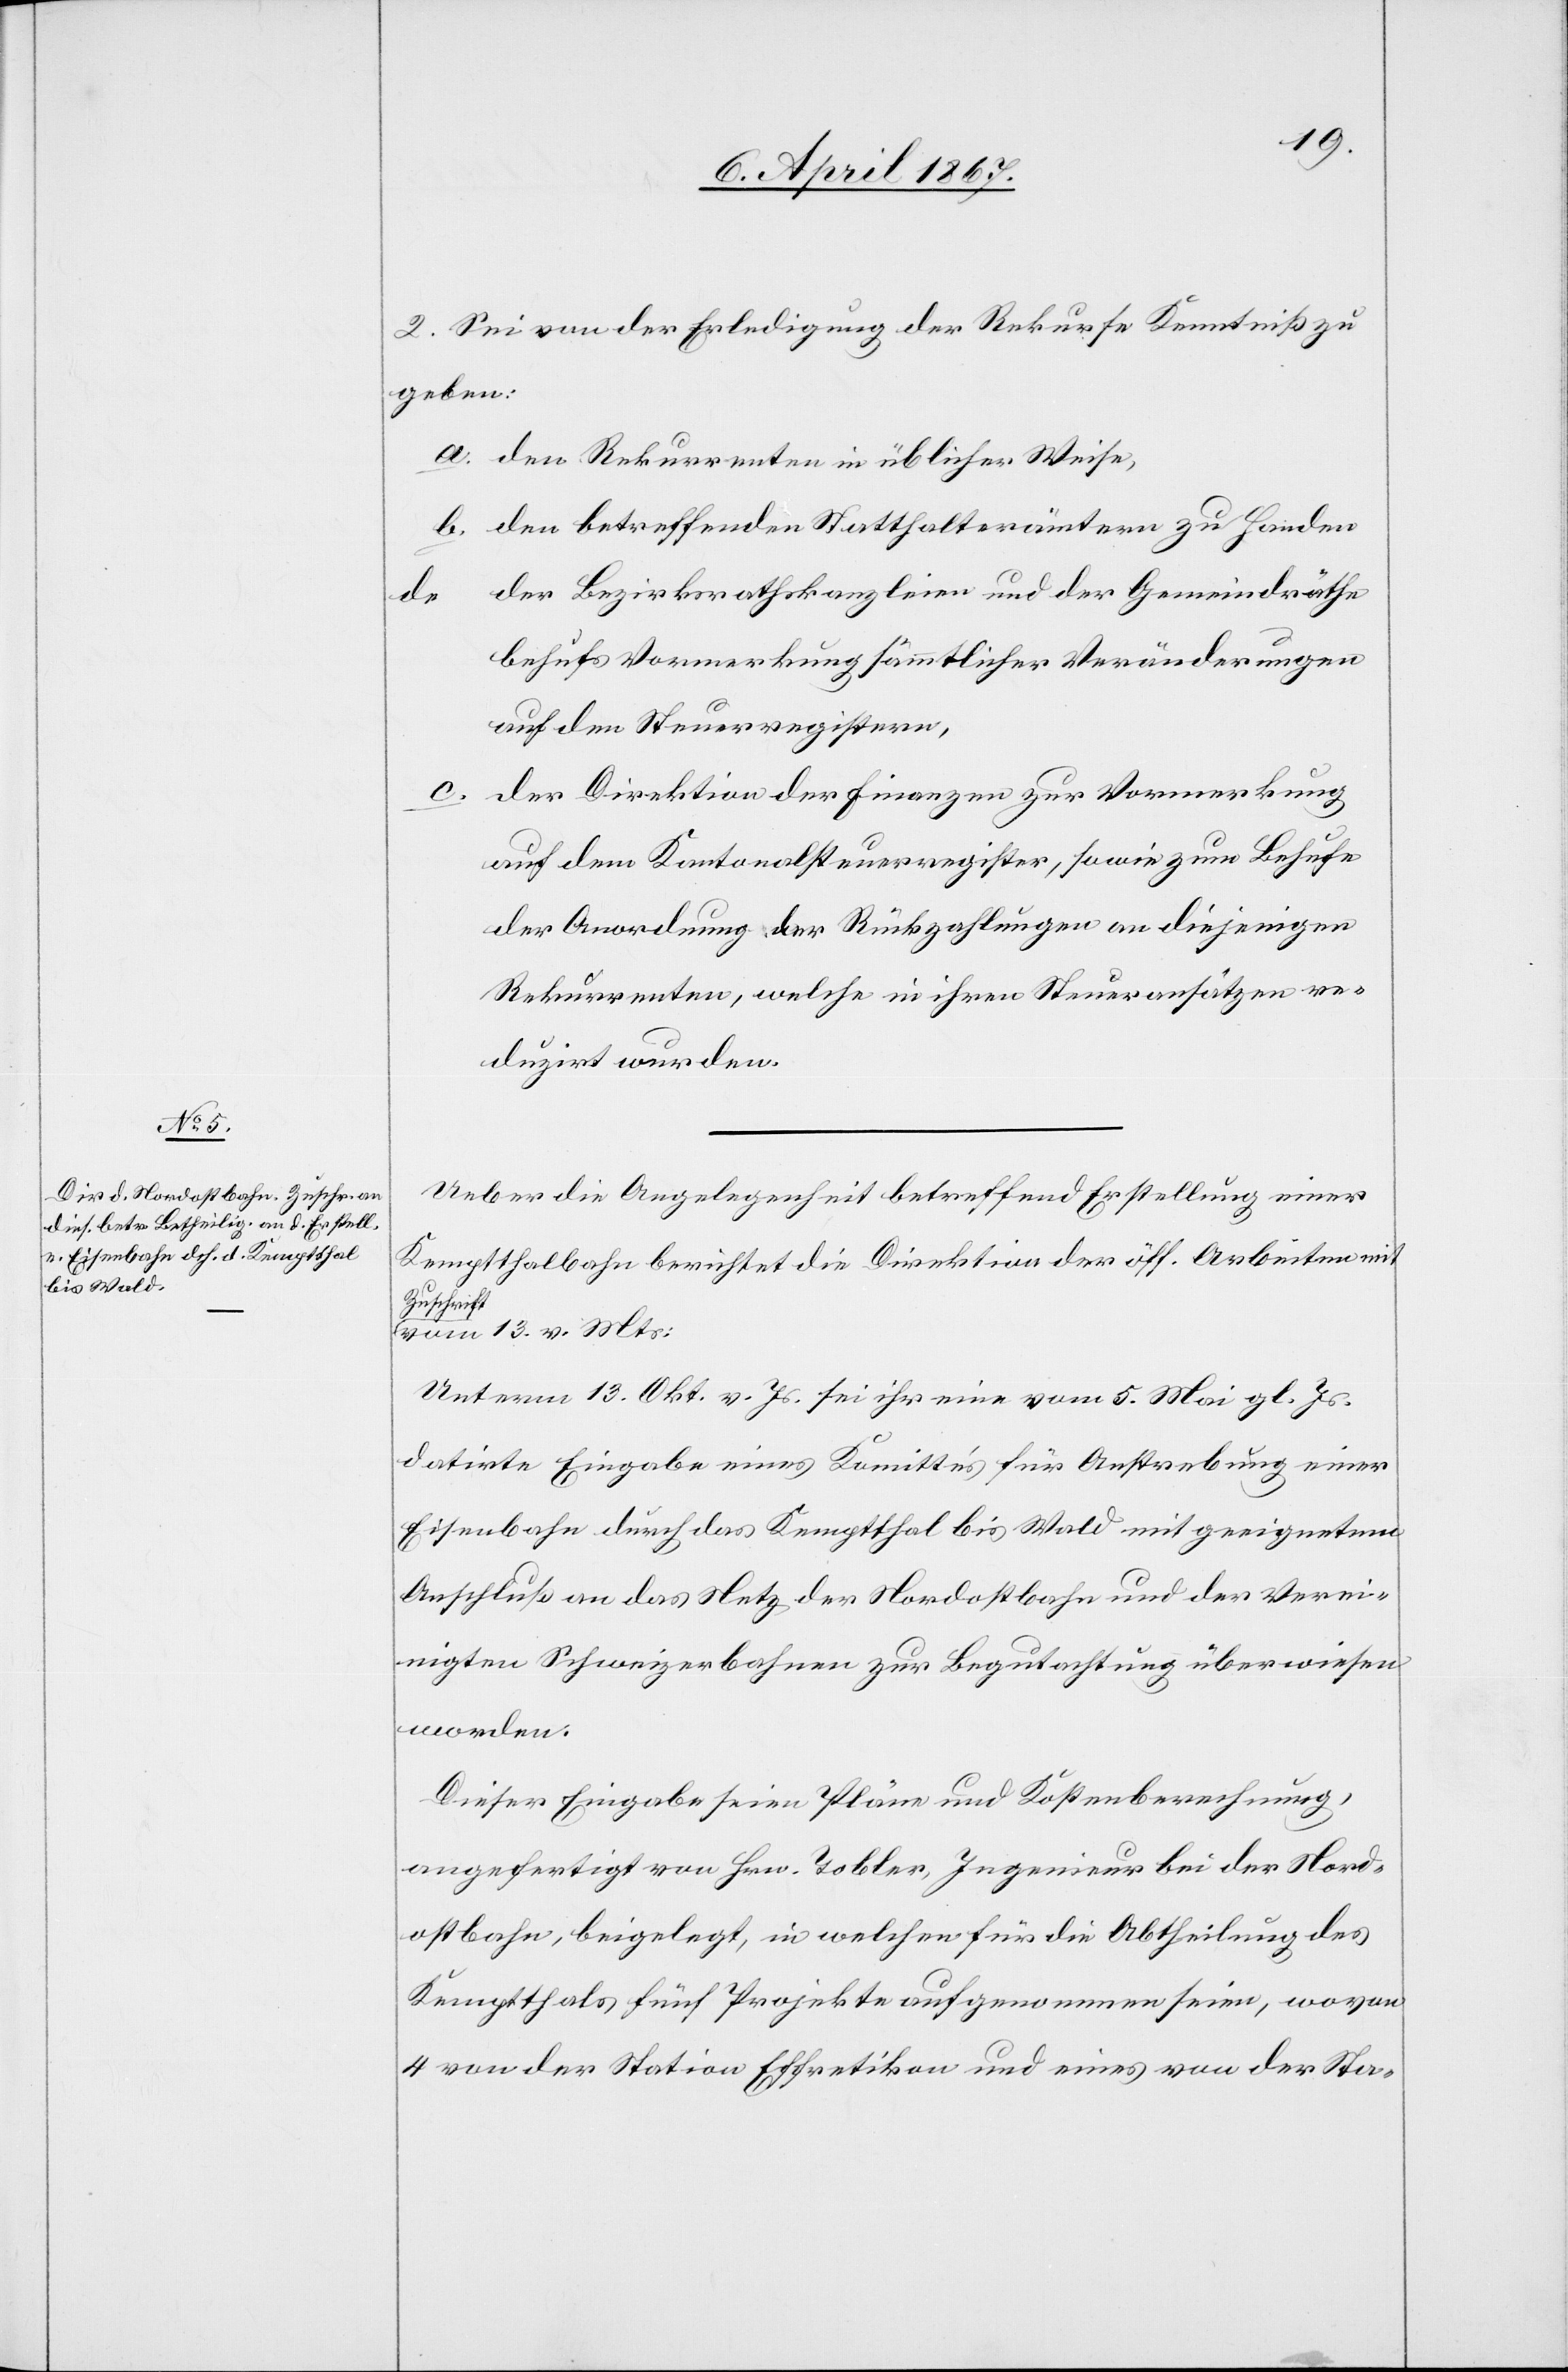
2. Sei von der Erledigung der Rekurse Kenntniß zu
geben
a.	den Rekurrenten in üblicher Weise,
b.	den betreffenden Statthalterämtern zu Handen
der Bezirksrathkanzleien und der Gemeindräthe
behufs Vormerkung sämmtlicher Veränderungen
auf den Steuerregistern,
c.	der Direktion der Finanzen zur Vormerkung
auf dem Kantonalsteuerregister, sowie zum Behufe
der Anordnung der Rückzahlungen an diejenigen
Rekurrenten, welche in ihrer Steuersätzen re¬
duzirt werden.